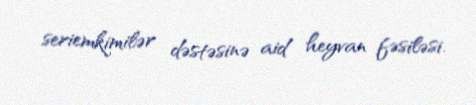
seriemkimilər dəstəsinə aid heyvan fəsiləsi.